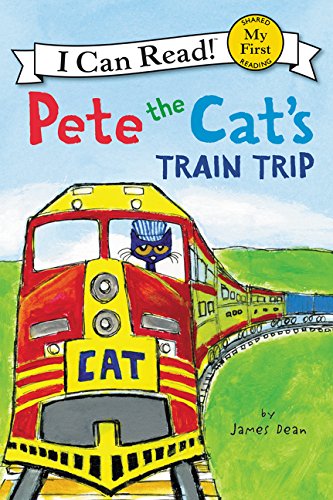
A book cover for Pete the Cat's Train Trip (My First I Can Read); James Dean; Children's Books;